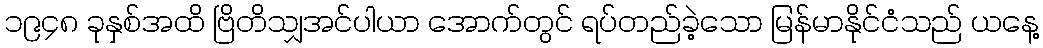
၁၉၄၈ ခုနှစ်အထိ ဗြိတိသျှအင်ပါယာ အောက်တွင် ရပ်တည်ခဲ့သော မြန်မာနိုင်ငံသည် ယနေ့